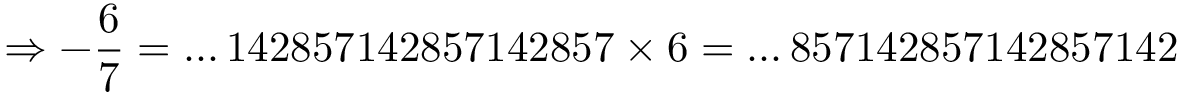
\Rightarrow - { \frac { 6 } { 7 } } = \dots 1 4 2 8 5 7 1 4 2 8 5 7 1 4 2 8 5 7 \times 6 = \dots 8 5 7 1 4 2 8 5 7 1 4 2 8 5 7 1 4 2